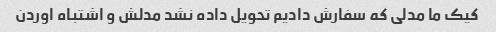
کیک ما مدلی که سفارش دادیم تحویل داده نشد مدلش و اشتباه اوردن